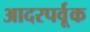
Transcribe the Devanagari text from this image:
आदरपर्वूक